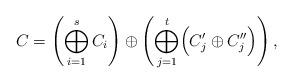
LaTeX: \begin{align*}C=\left( \bigoplus_{i=1}^s C_i \right) \oplus \left( \bigoplus_{j=1}^t \Bigl( C_j' \oplus C_j'' \Bigr) \right),\end{align*}